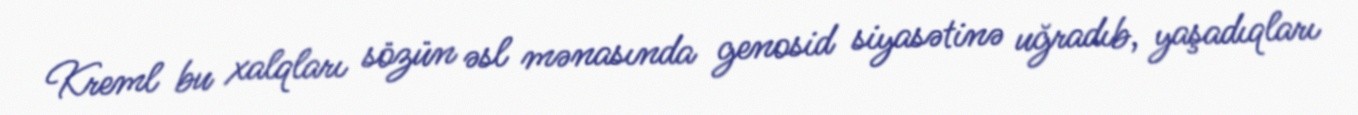
Kreml bu xalqları sözün əsl mənasında genosid siyasətinə uğradıb, yaşadıqları